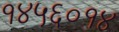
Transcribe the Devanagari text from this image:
१४५६०१४